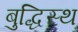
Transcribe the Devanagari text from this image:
बुद्धिस्थ